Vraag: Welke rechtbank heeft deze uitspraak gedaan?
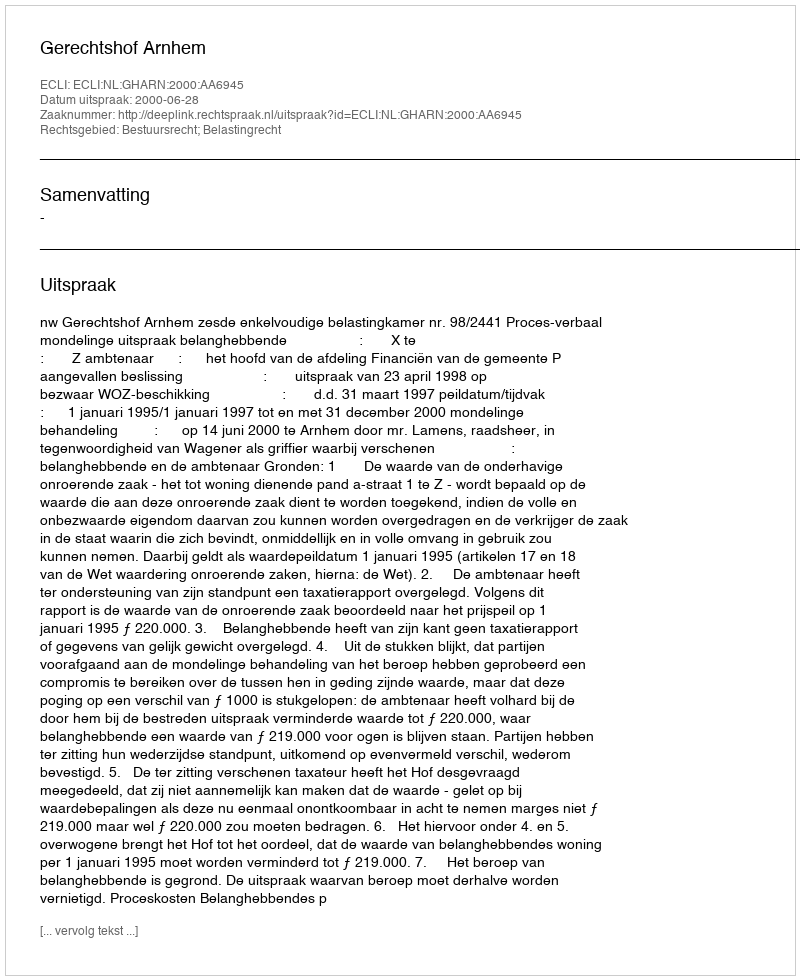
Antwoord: Gerechtshof Arnhem